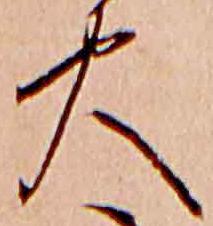
火